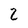
Character: Z